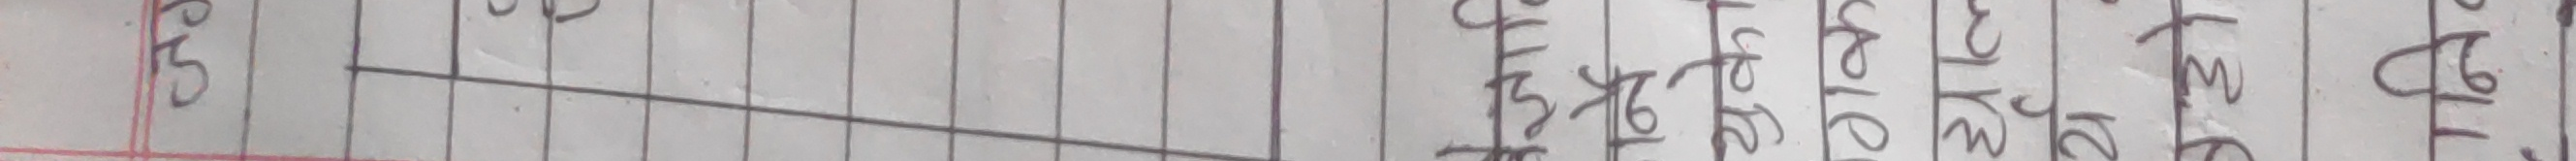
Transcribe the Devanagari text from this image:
ग्रेट बी० ए०